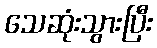
သေဆုံးသွားပြီး